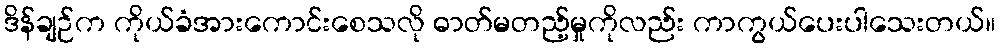
ဒိန်ချဉ်က ကိုယ်ခံအားကောင်းစေသလို ဓာတ်မတည့်မှုကိုလည်း ကာကွယ်ပေးပါသေးတယ်။